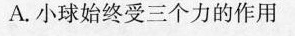
A.小球始终受三个力的作用